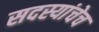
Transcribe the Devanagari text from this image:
सदस्यांचेच